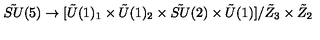
{ \tilde { S U } } ( 5 ) \rightarrow [ { \tilde { U } } ( 1 ) _ { 1 } \times { \tilde { U } } ( 1 ) _ { 2 } \times { \tilde { S U } } ( 2 ) \times { \tilde { U } } ( 1 ) ] / { \tilde { Z } } _ { 3 } \times { \tilde { Z } } _ { 2 } \nonumber